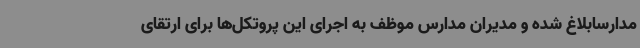
مدارسابلاغ شده و مدیران مدارس موظف به اجرای این پروتکل‌ها برای ارتقای